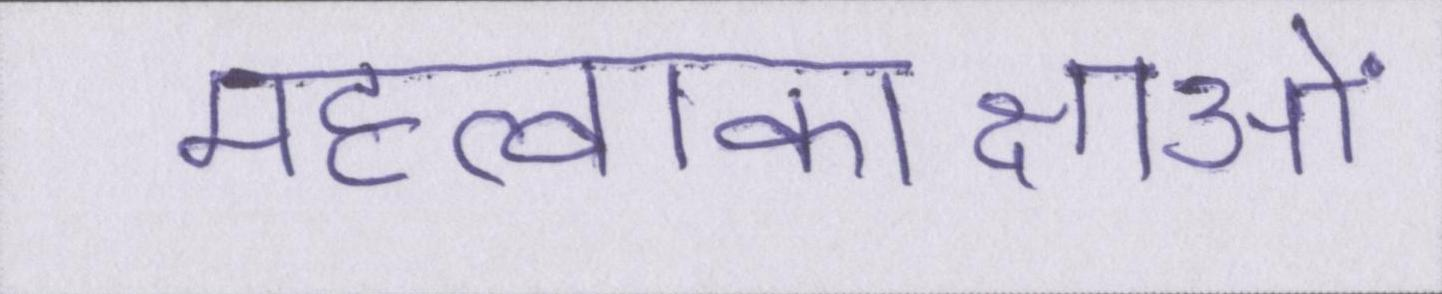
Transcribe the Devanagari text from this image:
महत्वाकाक्षाओं